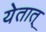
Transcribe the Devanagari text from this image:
येतात्